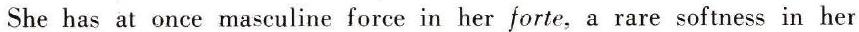
She has at once masculine force in her forte, a rare softness in her